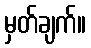
မှတ်ချက်။